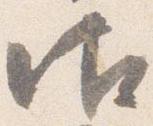
御